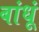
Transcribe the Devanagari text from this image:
बांधूं